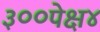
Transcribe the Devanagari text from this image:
३००पेक्ष४